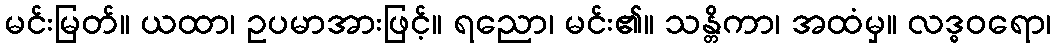
မင်းမြတ်။ ယထာ၊ ဥပမာအားဖြင့်။ ရညော၊ မင်း၏။ သန္တိကာ၊ အထံမှ။ လဒ္ဓဝရော၊